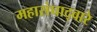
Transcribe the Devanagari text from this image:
महासंघाद्वारे